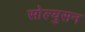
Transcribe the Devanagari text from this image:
सोल्युसन